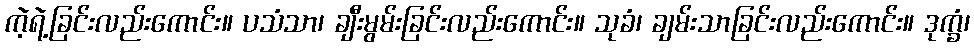
ကဲ့ရဲ့ခြင်းလည်းကောင်း။ ပသံသာ၊ ချီးမွမ်းခြင်းလည်းကောင်း။ သုခံ၊ ချမ်းသာခြင်းလည်းကောင်း။ ဒုက္ခံ၊